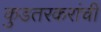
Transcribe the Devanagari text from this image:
कुडतरकरांची